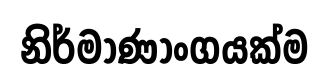
නිර්මාණාංගයක්ම